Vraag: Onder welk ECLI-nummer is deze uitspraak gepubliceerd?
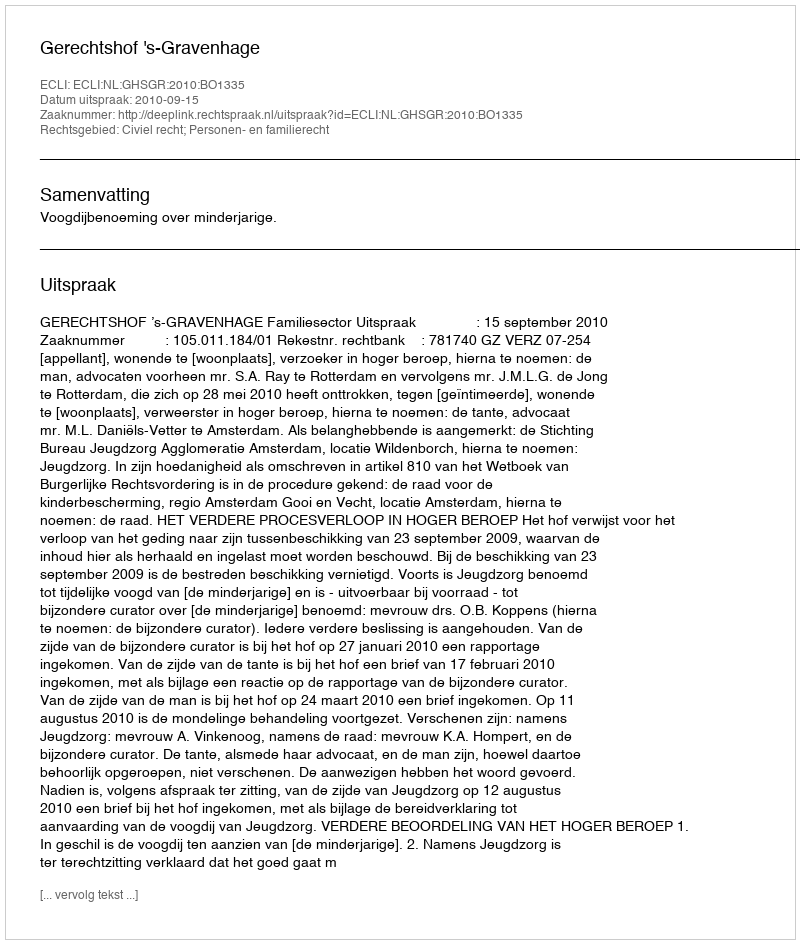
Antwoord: ECLI:NL:GHSGR:2010:BO1335